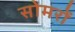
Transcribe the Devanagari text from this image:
सोमरों